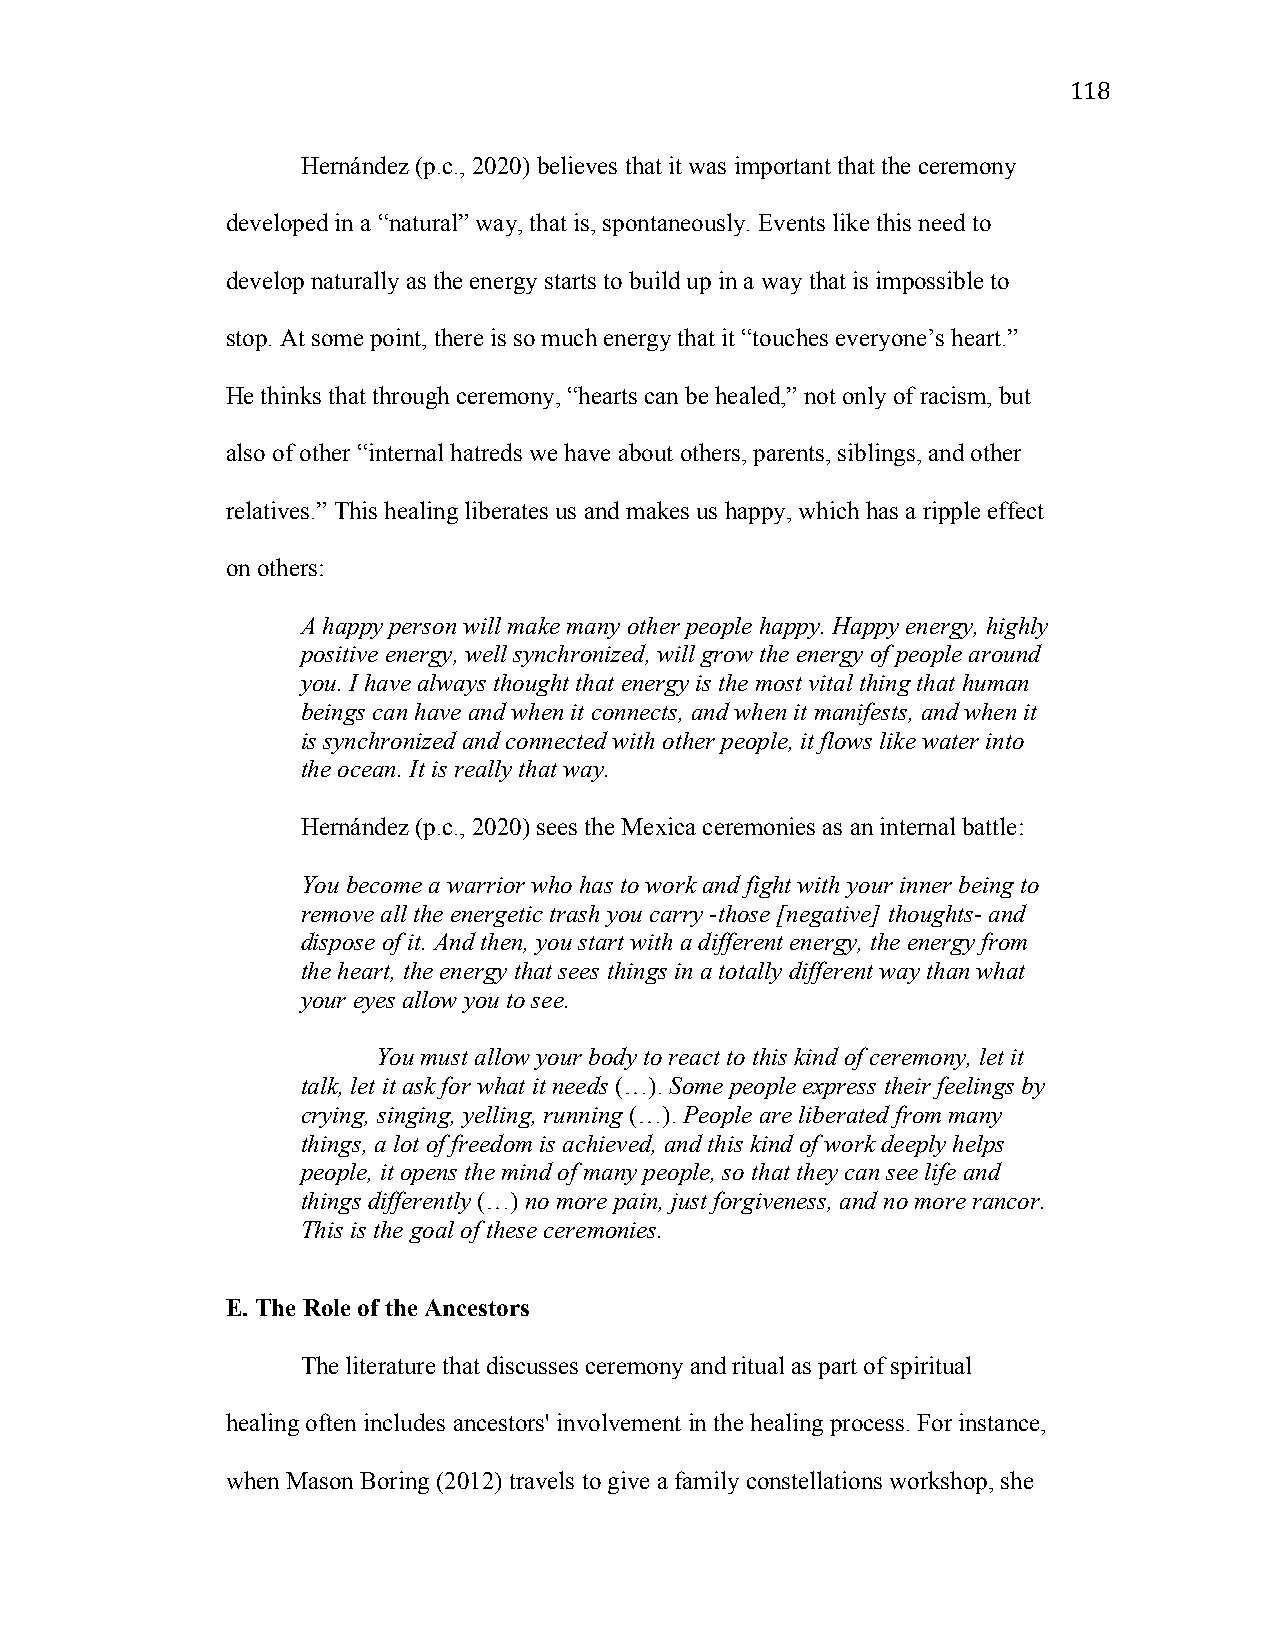
118
 Hernández (p.c., 2020) believes that it was important that the ceremony
 developed in a “natural” way, that is, spontaneously. Events like this need to
 develop naturally as the energy starts to build up in a way that is impossible to
 stop. At some point, there is so much energy that it “touches everyone’s heart.”
 He thinks that through ceremony, “hearts can be healed,” not only of racism, but
 also of other “internal hatreds we have about others, parents, siblings, and other
 relatives.” This healing liberates us and makes us happy, which has a ripple effect
 on others:
 A happy person will make many other people happy. Happy energy, highly
 positive energy, well synchronized, will grow the energy of people around
 you. I have always thought that energy is the most vital thing that human
 beings can have and when it connects, and when it manifests, and when it
 is synchronized and connected with other people, it flows like water into
 the ocean. It is really that way.
 Hernández (p.c., 2020) sees the Mexica ceremonies as an internal battle:
 You become a warrior who has to work and fight with your inner being to
 remove all the energetic trash you carry -those [negative] thoughts- and
 dispose of it. And then, you start with a different energy, the energy from
 the heart, the energy that sees things in a totally different way than what
 your eyes allow you to see.
 You must allow your body to react to this kind of ceremony, let it
 talk, let it ask for what it needs (…). Some people express their feelings by
 crying, singing, yelling, running (…). People are liberated from many
 things, a lot of freedom is achieved, and this kind of work deeply helps
 people, it opens the mind of many people, so that they can see life and
 things differently (…) no more pain, just forgiveness, and no more rancor.
 This is the goal of these ceremonies.
 E. The Role of the Ancestors
 The literature that discusses ceremony and ritual as part of spiritual
 healing often includes ancestors' involvement in the healing process. For instance,
 when Mason Boring (2012) travels to give a family constellations workshop, she